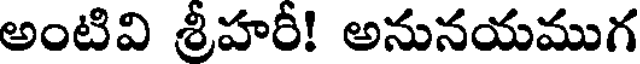
అంటివి శ్రీహరీ! అనునయముగ